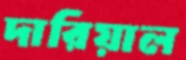
দারিয়াল